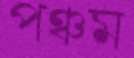
পঞ্চম